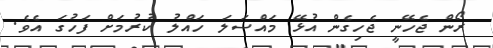
ރޯން ޖެހޭނީ ޖެހިގެން އުޅޭ މައްސަލަ ހައްލު ކުރުމަށް ފަހުގަ އެވެ.